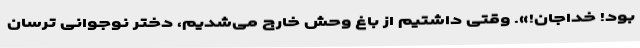
بود! خداجان!». وقتی داشتیم از باغ وحش خارج می‌شدیم، دختر نوجوانی ترسان